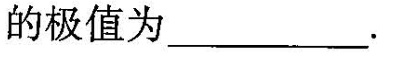
的极值为\underline。